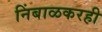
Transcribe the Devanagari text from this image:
निंबाळकरही